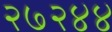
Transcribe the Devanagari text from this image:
२७२४४